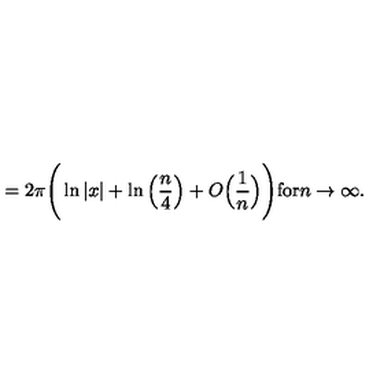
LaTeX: = 2 \pi \Bigg ( \ln | x | + \ln \Big ( \frac { n } { 4 } \Big ) + O \Big ( \frac { 1 } { n } \Big ) \Bigg ) \mathrm { f o r } n \rightarrow \infty .